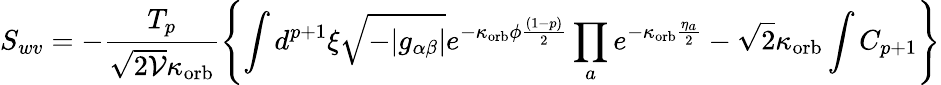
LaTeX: S_{wv}=-\frac{T_{p}}{\sqrt{2{\cal V}}\kappa_{\mathrm{orb}}}\left\{ \int d^{p+1}\xi\sqrt{-|g_{\alpha\beta}|}e^{-\kappa_{\mathrm{orb}}\phi\frac{(1-p)}{2}}\prod_{a}e^{-\kappa_{\mathrm{orb}}\frac{\eta_{a}}{2}}-\sqrt{2}\kappa_{\mathrm{orb}}\int C_{p+1}\right\}